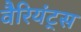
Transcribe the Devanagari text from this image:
वैरियंट्स